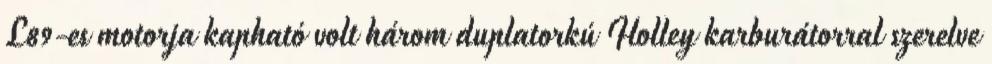
L89-es motorja kapható volt három duplatorkú Holley karburátorral szerelve